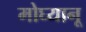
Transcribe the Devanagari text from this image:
मोघ्यानू